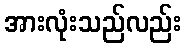
အားလုံးသည်လည်း